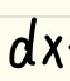
$dx$